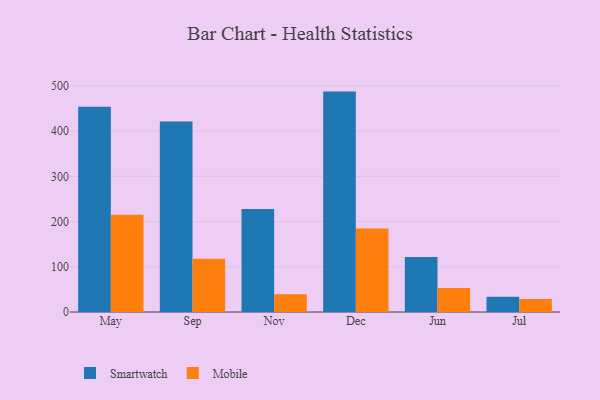
{"axis": {"x": "Month", "y": "Page Views"}, "legend": ["Mobile", "Smartwatch"], "data": [{"x": "May", "y": 454.0, "type": "Smartwatch"}, {"x": "May", "y": 214.8, "type": "Mobile"}, {"x": "Sep", "y": 421.2, "type": "Smartwatch"}, {"x": "Sep", "y": 117.6, "type": "Mobile"}, {"x": "Nov", "y": 228.0, "type": "Smartwatch"}, {"x": "Nov", "y": 39.2, "type": "Mobile"}, {"x": "Dec", "y": 487.3, "type": "Smartwatch"}, {"x": "Dec", "y": 184.5, "type": "Mobile"}, {"x": "Jun", "y": 121.8, "type": "Smartwatch"}, {"x": "Jun", "y": 52.9, "type": "Mobile"}, {"x": "Jul", "y": 33.6, "type": "Smartwatch"}, {"x": "Jul", "y": 28.8, "type": "Mobile"}]}